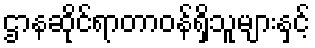
ဌာနဆိုင်ရာတာဝန်ရှိသူများနှင့်